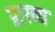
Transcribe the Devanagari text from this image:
प्राख्य